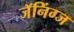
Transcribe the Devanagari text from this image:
जॅनिंग्ज